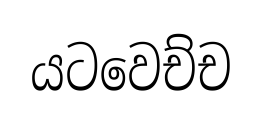
යටවෙච්ච